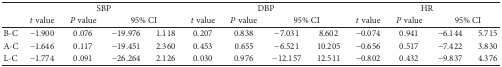
<table><thead><tr><td><b> </b></td><td colspan="4"><b>SBP</b></td><td colspan="4"><b>DBP</b></td><td colspan="4"><b>HR</b></td></tr><tr><td><b> </b></td><td><b><i>t</i> value</b></td><td><b><i>P</i> value</b></td><td colspan="2"><b>95% CI</b></td><td><b><i>t</i> value</b></td><td><b><i>P</i> value</b></td><td colspan="2"><b>95% CI</b></td><td><b><i>t</i> value</b></td><td><b><i>P</i> value</b></td><td colspan="2"><b>95% CI</b></td></tr></thead><tbody><tr><td>B-C</td><td>−1.900</td><td>0.076</td><td>−19.976</td><td>1.118</td><td>0.207</td><td>0.838</td><td>−7.031</td><td>8.602</td><td>−0.074</td><td>0.941</td><td>−6.144</td><td>5.715</td></tr><tr><td>A-C</td><td>−1.646</td><td>0.117</td><td>−19.451</td><td>2.360</td><td>0.453</td><td>0.655</td><td>−6.521</td><td>10.205</td><td>−0.656</td><td>0.517</td><td>−7.422</td><td>3.830</td></tr><tr><td>L-C</td><td>−1.774</td><td>0.091</td><td>−26.264</td><td>2.126</td><td>0.030</td><td>0.976</td><td>−12.157</td><td>12.511</td><td>−0.802</td><td>0.432</td><td>−9.837</td><td>4.376</td></tr></tbody></table>